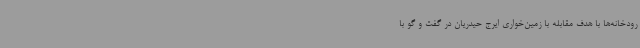
رودخانه‌ها با هدف مقابله‌ با زمین‌خواری ایرج حیدریان در گفت و گو با